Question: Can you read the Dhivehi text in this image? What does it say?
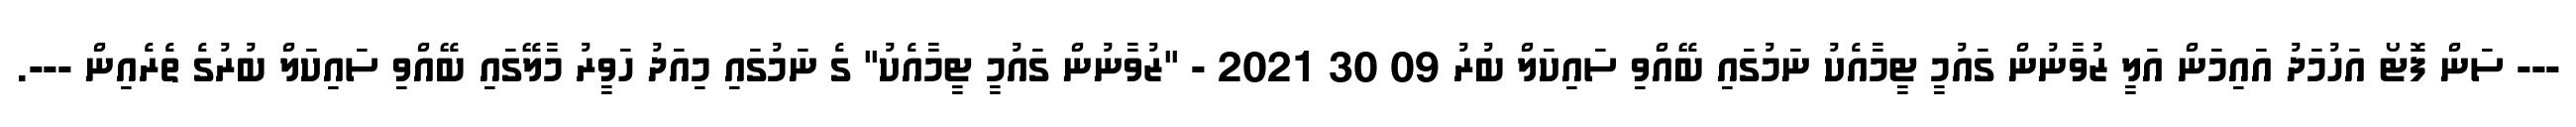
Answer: --- ސަން ފޮޓޯ އަހުމަދު އައިމަން އަލީ ޒުވާނުން ގައުމީ ޓީމާއެކު ނަމުގައި ބޭއްވި ސައިކަލް ބުރު 09 30 2021 - "ޒުވާނުން ގައުމީ ޓީމާއެކު" ގެ ނަމުގައި މިއަދު ހަވީރު މާލޭގައި ބޭއްވި ސައިކަލް ބުރުގެ ތެރެއިން ---.